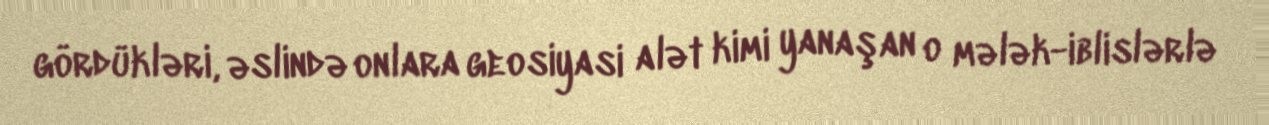
gördükləri, əslində onlara geosiyasi alət kimi yanaşan o mələk-iblislərlə